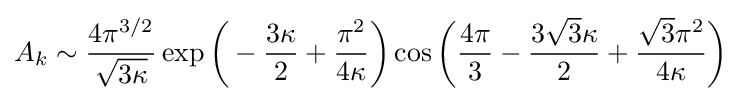
A_{k}\sim {\frac {4\pi ^{3/2}}{\sqrt {3\kappa }}}\exp {\biggl (}-{\frac {3\kappa }{2}}+{\frac {\pi ^{2}}{4\kappa }}{\biggl )}\cos {\biggl (}{\frac {4\pi }{3}}-{\frac {3{\sqrt {3}}\kappa }{2}}+{\frac {{\sqrt {3}}\pi ^{2}}{4\kappa }}{\biggl )}